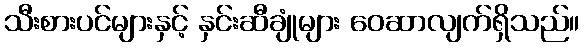
သီးစားပင်များနှင့် နှင်းဆီချုံများ ဝေဆာလျက်ရှိသည်။